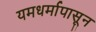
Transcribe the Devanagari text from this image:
यमधर्मापासून